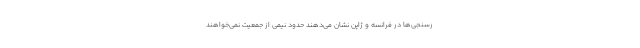
رسنجی‌ها در فرانسه و ژاپن نشان می‌دهند حدود نیمی از جمعیت نمی‌خواهند